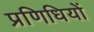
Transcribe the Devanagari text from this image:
प्रणिधियों